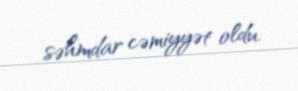
səhmdar cəmiyyət oldu.